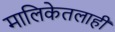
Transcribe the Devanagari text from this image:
मालिकेतलाही